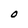
Character: O